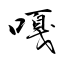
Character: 嘎